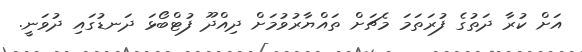
އަށް ކުރާ ދަތުގެ ފުރަތަމަ މެޗަށް ތައްޔާރުވުމަށް ދިއްދޫ ފުޓްބޯޅަ ދަނޑުގައި ދުވަނީ.